Scottish Leaving Certificate Examination, 1952
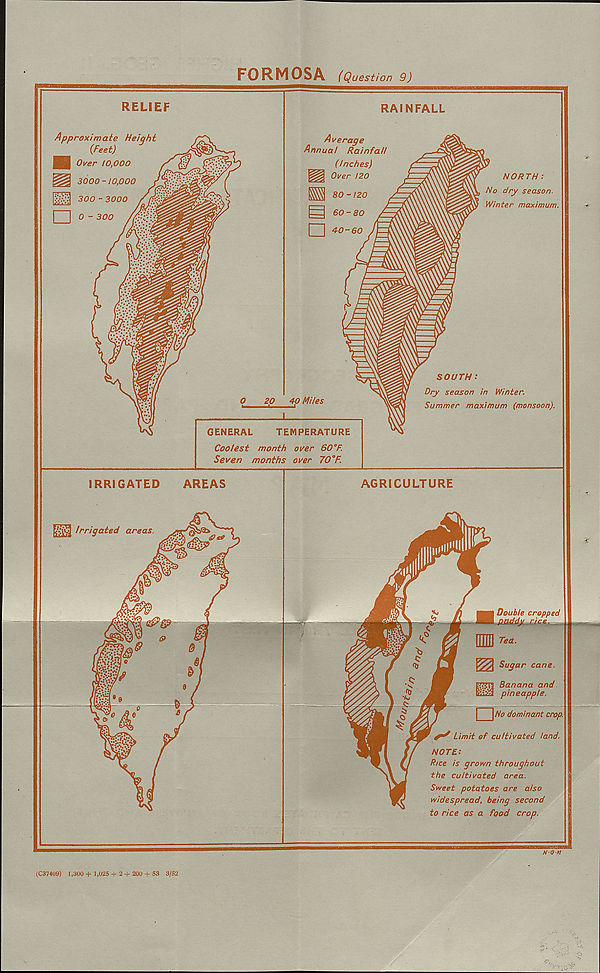
FORMOSA. (Question 9)
(C37409) 1,300 + 1,025 + 2 + 200 + 53 3/52